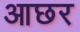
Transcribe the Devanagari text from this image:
आछर